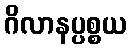
ဂိလာနပ္ပစ္စယ